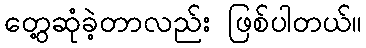
တွေ့ဆုံခဲ့တာလည်း ဖြစ်ပါတယ်။